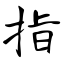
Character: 指